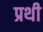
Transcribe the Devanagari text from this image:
प्रथी